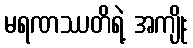
မရဏဿတိရဲ့ အကျိုး